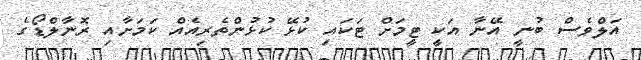
އަލްވެސް ބުނީ އޭނާ އަކީ ޓީމަށް ޓަކައި ކުޅޭ ކުޅުންތެރިއެއް ކަމަށާއި ރޮނާލްޑޯގެ